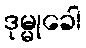
ဒုမ္မုခေါ